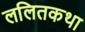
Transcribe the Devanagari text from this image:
ललितकथा